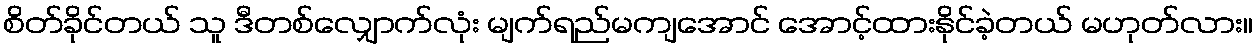
စိတ်ခိုင်တယ် သူ ဒီတစ်လျှောက်လုံး မျက်ရည်မကျအောင် အောင့်ထားနိုင်ခဲ့တယ် မဟုတ်လား။